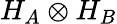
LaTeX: H_{A}\otimes H_{B}